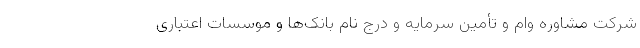
شرکت مشاوره وام و تأمین سرمایه و درج نام بانک‌ها و موسسات اعتباری